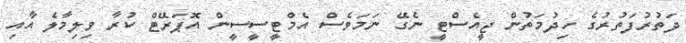
ދަތުރުފަތުރުގެ ހިދުމަތުން ޖީއެސްޓީ ނެގޭ ނަމަވެސް އެމްޓީސީސީން އޮަޕަރޭޓް ކުރާ ވިލިމާލެ އާއި